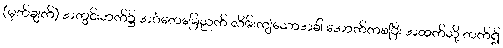
(မှတ်ချက်) အတွင်းဘက်၌ အင်္ဂတေမြေညက် လိမ်းကျံသောအခါ အောက်ကစပြီး အထက်သို့ တက်၍